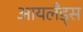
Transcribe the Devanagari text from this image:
आयलँड्स